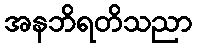
အနဘိရတိသညာ